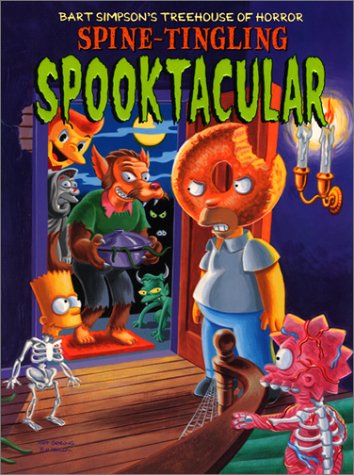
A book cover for Bart Simpson's Treehouse of Horror Spine-Tingling Spooktacular; Matt Groening; Humor & Entertainment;